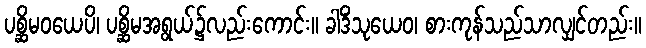
ပစ္ဆိမဝယေပိ၊ ပစ္ဆိမအရွယ်၌လည်းကောင်း။ ခါဒိံသုယေဝ၊ စားကုန်သည်သာလျှင်တည်း။